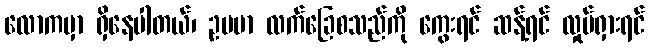
လောကမှာ ရှိနေပါတယ်၊ ဥပမာ လက်ခြေစသည်ကို ကွေးရင် ဆန့်ရင် လှုပ်ရှားရင်